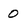
Character: o